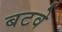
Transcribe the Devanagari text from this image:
बटवे